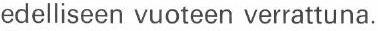
edelliseen vuoteen verrattuna.